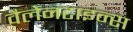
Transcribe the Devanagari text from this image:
वैलेनटाइन्स